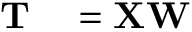
\begin{array} { r l } { \mathbf { T } } & { { } = \mathbf { X } \mathbf { W } } \end{array}